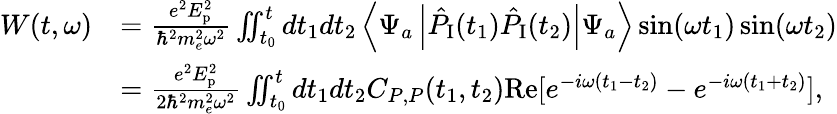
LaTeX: \begin{array}{rl}{W(t,\omega)}&{=\frac{e^{2}E_{\textrm{p}}^{2}}{\hbar^{2}m_{e}^{2}\omega^{2}}\iint_{t_{0}}^{t}dt_{1}dt_{2}\left\langle\Psi_{a}\left|\hat{P}_{\textrm{I}}(t_{1})\hat{P}_{\textrm{I}}(t_{2})\right|\Psi_{a}\right\rangle\sin(\omega t_{1})\sin(\omega t_{2})}\\ &{=\frac{e^{2}E_{\textrm{p}}^{2}}{2\hbar^{2}m_{e}^{2}\omega^{2}}\iint_{t_{0}}^{t}dt_{1}dt_{2}C_{P,P}(t_{1},t_{2})\textrm{Re}[e^{-i\omega(t_{1}-t_{2})}-e^{-i\omega(t_{1}+t_{2})}],}\end{array}